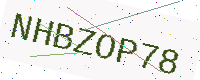
Text: NHBZOP78